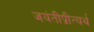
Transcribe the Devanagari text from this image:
जयंतीप्रीत्यर्थ